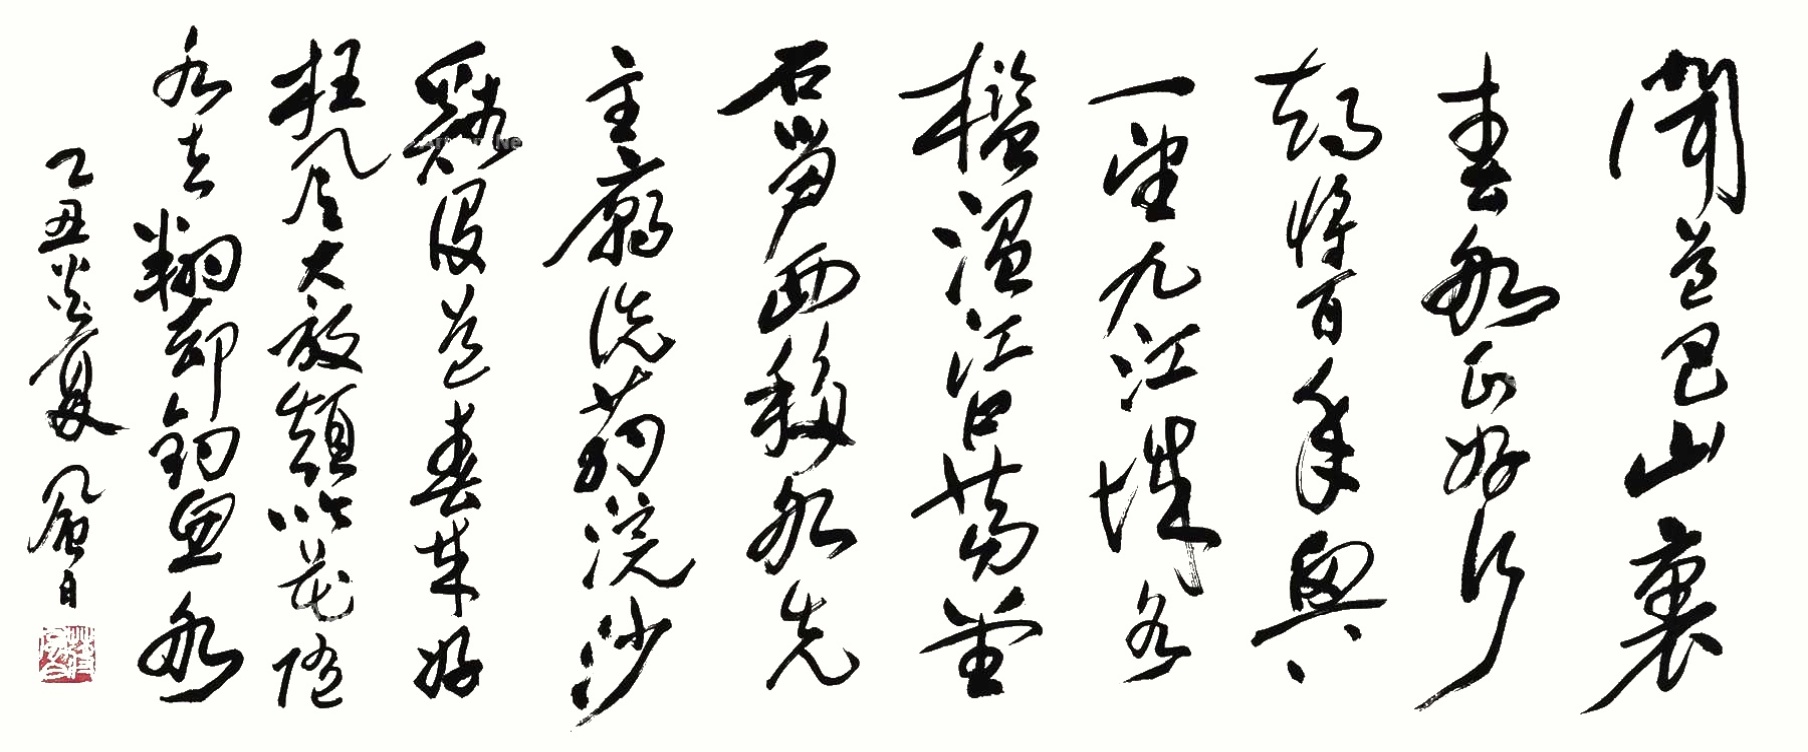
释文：闻道巴山里，春船正好行。都将百年兴，一望九江城。水槛温江口，茅堂石笋西。移船先主庙，洗药浣沙溪。设道春来好，狂风大放颠。吹花随水去，翻却钓鱼船。乙丑炎夏，风白。